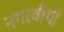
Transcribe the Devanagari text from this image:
नगरवीथी